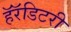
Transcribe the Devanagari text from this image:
हॅरॅडिटरी